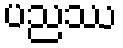
ပညဿ